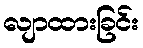
လျာထားခြင်း